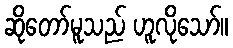
ဆိုတော်မူသည် ဟူလိုသော်။